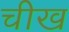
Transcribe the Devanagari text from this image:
चीख